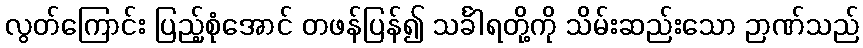
လွတ်ကြောင်း ပြည့်စုံအောင် တဖန်ပြန်၍ သင်္ခါရတို့ကို သိမ်းဆည်းသော ဉာဏ်သည်